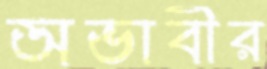
অভাবীর